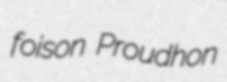
foison Proudhon